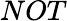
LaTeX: NOT